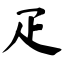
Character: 疋